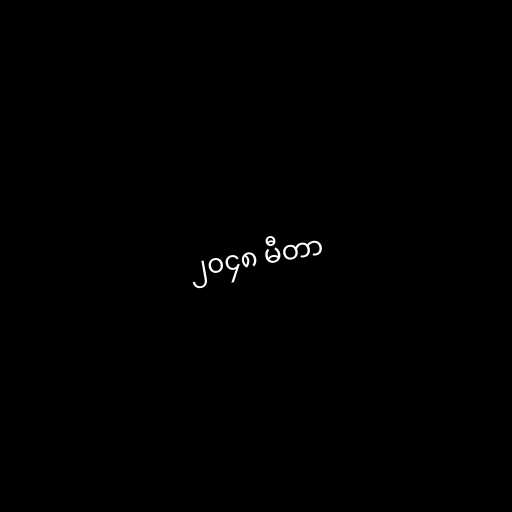
၂၀၄၈ မီတာ